Report on vaccination in Madras 1895-1903 - 1895-1903
Year: 1895
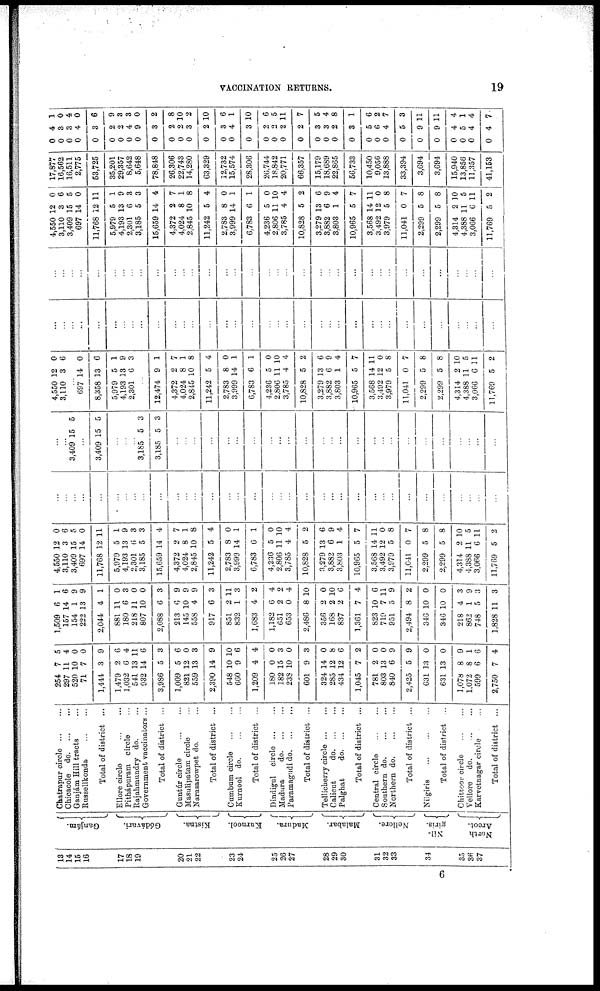
VACCINATION RETURNS.
19
13
14
15
16
17
18
19
20
21
22
23
24
25
26
27
28
29
30
31
32
33
34
35
36
37
Ganjám.
Gódávari.
Kistna.
Kurnool.
Madura.
Malabar.
Nellore.
Nil-
giris.
North
Arcot.
Chatrapur circle
...
...
Chicacole d
o
. ... ...
Ganjám Hill tracts ...
Russellkonda
...
...
Total of district ...
Ellore circle
...
...
Pithápuram circle ...
Rajahmundry do. ...
Government vaccinators ...
Total of district ...
Guntúr circle
...
...
Masulipatam circle ...
Narasarowpet do. ...
Total of district ...
Cumbum circle
...
...
Kurnool d
o
. ... ...
Total of district ...
Dindigul circle
...
...
Madura
d
o
. ... ...
Paramagudi d
o
. ... ...
Total of district ...
Tellicherry circle ... ...
Calicut
d
o
. ... ...
Palghat
d
o
. ... ...
Total of district ...
Central circle
...
...
Southern d
o
. ... ...
Northern d
o
. ... ...
Total of district ...
Nilgiris
...
...
...
Total of district ...
Chittoor circle
...
...
Vellore
d
o
. ... ...
Karvetnagar circle ...
Total of district ...
254
297
520
71
1,444
1,479
1,032
541
932
3,986
1,009
821
559
2,390
548
660
1,209
180
182
238
601
324
285
434
1,045
781
803
840
2,425
631
631
1,078
1,072
599
2,750
7
11
10
7
3
2
6
13
14
5
5
12
13
14
10
9
4
0
15
10
9
14
12
12
7
2
13
6
5
13
13
8
8
6
7
5
4
0
0
9
6
4
11
6
3
6
0
3
9
10
6
4
0
3
0
3
0
8
6
2
0
0
9
9
0
0
9
1
6
4
1,509
157
154
222
2,044
881
180
218
807
2,088
213
145
558
917
851
832
1,683
1,182
651
653
2,486
356
168
837
1,361
823
719
951
2,494
346
346
218
862
748
1,828
6
14
1
13
4
11
6
11
10
6
6
10
4
6
2
1
4
6
2
0
8
2
2
2
7
10
7
5
8
10
10
4
1
5
11
1
6
9
9
1
0
3
0
0
3
9
9
9
3
11
3
2
4
2
4
10
0
10
6
4
6
11
9
2
0
0
3
9
3
3
4,550
3,110
3,409
697
11,768
5,979
4,193
2,301
3,185
15,659
4,372
4,024
2,845
11,242
2,783
3,999
6,783
4,236
2,806
3,785
10,828
3,279
3,882
3,803
10,965
3,568
3,492
3,979
11,041
2,299
2,299
4,314
4,388
3,066
11,769
12
3
15
14
12
5
13
6
5
14
2
8
10
5
8
14
6
5
11
4
5
13
6
1
5
14
12
5
0
5
5
2
11
6
5
0
6
5
0
11
1
9
3
3
4
7
1
8
4
0
1
1
0
10
4
2
6
9
4
7
11
0
8
7
8
8
10
5
11
2
...
...
...
...
...
...
...
...
...
...
...
...
...
...
...
...
...
...
...
...
...
...
...
...
...
...
...
...
...
...
...
...
...
...
...
...
...
3,409 15 5
...
3,409 15 5
...
...
...
3,185
3,185
5
5
3
3
...
...
...
...
...
...
...
...
...
...
...
...
...
...
...
...
...
...
...
...
...
...
...
...
...
4,550
3,110
12
3
0
6
...
697
8,358
5,979
4,193
2,301
14
13
5
13
6
0
6
1
9
3
...
12,474
4,372
4,024
2,845
11,242
2,783
3,999
6,783
4,236
2,806
3,785
10,828
3,279
3,882
3,803
10,965
3,568
3,492
3,979
11,041
2,299
2,299
4,314
4,388
3,066
11,769
9
2
8
10
5
8
14
6
5
11
4
5
13
6
1
5
14
12
5
0
5
5
2
11
6
5
1
7
1
8
4
0
1
1
0
10
4
2
6
9
4
7
11
0
8
7
8
8
10
5
11
2
...
...
...
...
...
...
...
...
...
...
...
...
...
...
...
...
...
...
...
...
...
...
...
...
...
...
...
...
...
...
...
...
...
...
...
...
...
...
...
...
...
...
...
...
...
...
...
...
...
...
...
...
...
...
...
...
...
...
...
...
...
...
...
...
...
...
...
...
...
...
4,550
3,110
3,409
697
11,768
5,979
4,193
2,301
3,185
15,659
4,372
4,024
2,845
11,242
2,783
3,999
6,783
4,236
2,806
3,785
10,828
3,279
3,882
3,803
10,965
3,568
3,492
3,979
11,041
2,299
2,299
4,314
4,388
3,066
11,769
12
3
15
14
12
5
13
6
5
14
2
8
10
5
8
14
6
5
11
4
5
13
6
1
5
14
12
5
0
5
5
2
11
6
5
0
6
5
0
11
1
9
3
3
4
7
1
8
4
0
1
1
0
10
4
2
6
9
4
7
11
0
8
7
8
8
10
5
11
2
17,877
16,562
16,511
2,775
53,725
35,201
29,357
8,642
5,648
78,848
26,306
22,743
14,280
63,329
12,732
15,574
28,306
26,744
18,842
20,771
66,357
15,179
18,689
22,865
56,733
10,450
9,056
13,888
33,394
3,694
3,694
15,940
13,856
11,357
41,153
0
0
0
0
0
0
0
0
0
0
0
0
0
0
0
0
0
0
0
0
0
0
0
0
0
0
0
0
0
0
0
0
0
0
0
4
3
3
4
3
2
2
4
9
3
2
2
3
2
3
4
3
2
2
2
2
3
3
2
3
5
6
4
5
9
9
4
5
4
4
1
0
4
0
6
9
3
3
0
2
8
10
2
10
6
1
10
6
5
11
7
5
4
8
1
6
2
7
3
11
11
4
1
4
7
6